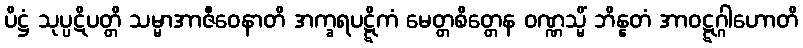
ပိဋ္ဌံ သုပ္ပဋိပတ္တိ သမ္မာအာဇီဝေနာတိ အက္ခရပဋ္ဋိကံ မေတ္တစိတ္တေန ဝဏ္ဏသ္မိံ ဘိန္နတံ အာဝဋ္ဋဂ္ဂါဟောတိ